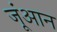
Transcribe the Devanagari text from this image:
जूंआन